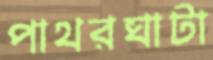
পাথরঘাটা